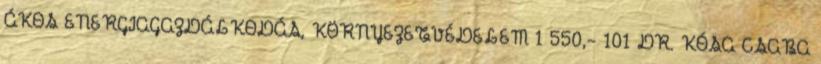
ÁKOS ENERGIAGAZDÁLKODÁS, KÖRNYEZETVÉDELEM 1 550,- 101 DR. KÓSA CSABA